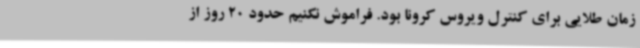
زمان طلایی برای کنترل ویروس کرونا بود. فراموش نکنیم حدود 20 روز از